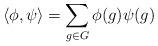
LaTeX: \begin{align*} \langle\phi,\psi\rangle = \sum_{g\in G}\phi(g)\psi(g)\end{align*}